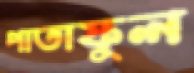
পাতাফুল